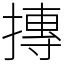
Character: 摶